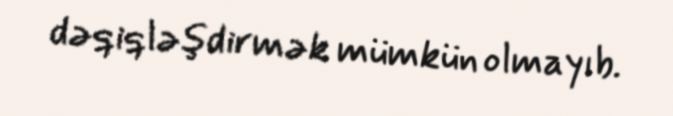
dəqiqləşdirmək mümkün olmayıb.